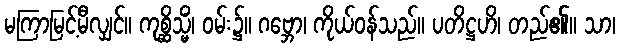
မကြာမြင့်မီလျှင်။ ကုစ္ဆိသ္မိံ၊ ဝမ်း၌။ ဂဗ္ဘော၊ ကိုယ်ဝန်သည်။ ပတိဋ္ဌဟိ၊ တည်၏။ သာ၊